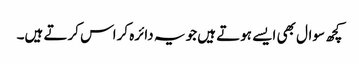
کچھ سوال بھی ایسے ہوتے ہیں جو یہ دائرہ کراس کرتے ہیں۔